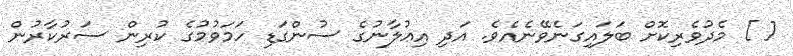
[ ] މެދުވެރިކޮށް ބަލައިގަނެވޭނެއެވެ. އަދި އިޢުލާނުގެ ސުންގަޑި ހަމަވުމުގެ ކުރިން ސަރުކާރުން